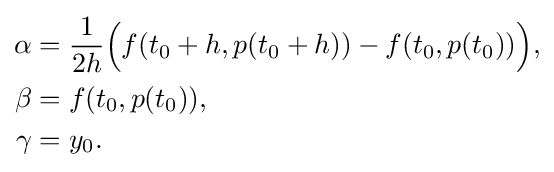
{\begin{aligned}\alpha &={\frac {1}{2h}}{\Big (}f(t_{0}+h,p(t_{0}+h))-f(t_{0},p(t_{0})){\Big )},\\\beta &=f(t_{0},p(t_{0})),\\\gamma &=y_{0}.\end{aligned}}